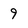
Character: 9